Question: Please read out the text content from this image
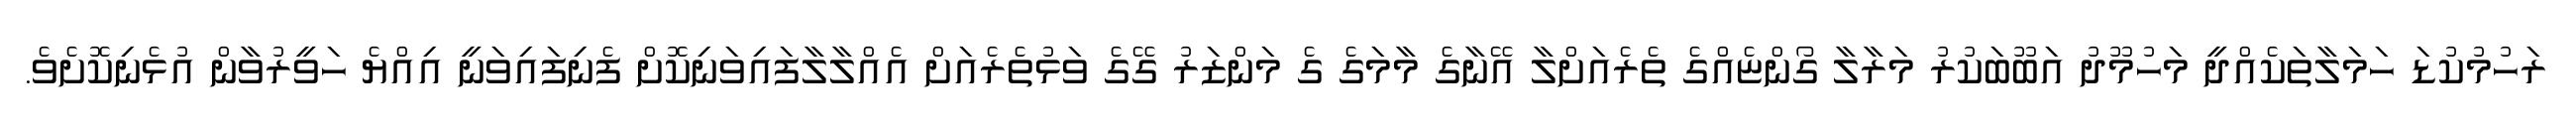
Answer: ރަހުމުކުޑަ ހަމަލާތަކެއްދީ މަހުމޫދު އަބޫބަކުރު މަރާލާ ގޯންޏެއްގެ ތެރެއަށްލާ އޭނާގެ މާމަގެ ގެ މަންޒަރު ގޭގެ ވަޅުތެރެއަށް އެއްލާލާފައިވަނިކޮށް ފެނިފައިވަނީ އިއްޔެ ހަވީރުވާން އުޅެނިކޮށެވެ.